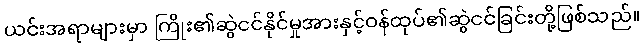
ယင်းအရာများမှာ ကြိုး၏ဆွဲငင်နိုင်မှုအားနှင့်ဝန်ထုပ်၏ဆွဲငင်ခြင်းတို့ဖြစ်သည်။